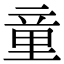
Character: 童